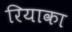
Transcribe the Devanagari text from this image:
रियाका